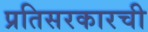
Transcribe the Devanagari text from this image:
प्रतिसरकारची